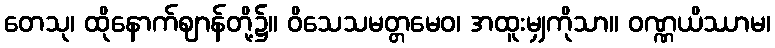
တေသု၊ ထိုနောက်ဈာန်တို့၌။ ဝိသေသမတ္တမေဝ၊ အထူးမျှကိုသာ။ ဝဏ္ဏယိဿာမ၊